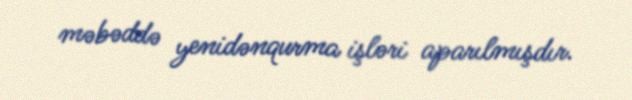
məbəddə yenidənqurma işləri aparılmışdır.